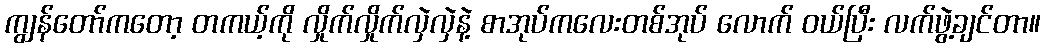
ကျွန်တော်ကတော့ တကယ့်ကို လှိုက်လှိုက်လှဲလှဲနဲ့ စာအုပ်ကလေးတစ်အုပ် လောက် ဝယ်ပြီး လက်ဖွဲ့ချင်တာ။